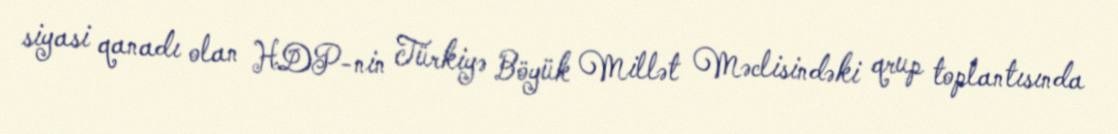
siyasi qanadı olan HDP-nin Türkiyə Böyük Millət Məclisindəki qrup toplantısında